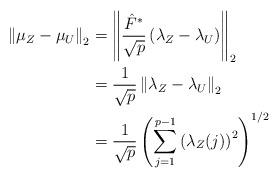
LaTeX: \begin{align*}\left\| \mu_Z - \mu_U \right\|_2& = \left\| \frac{\hat{F}^*}{\sqrt{p}} \left(\lambda_Z - \lambda_U \right) \right\|_2\\& = \frac{1}{\sqrt{p}} \left\| \lambda_Z - \lambda_U \right\|_2\\& = \frac{1}{\sqrt{p}} \left( \sum_{j=1}^{p-1} \left( \lambda_Z(j) \right)^2 \right)^{1/2}\end{align*}